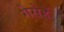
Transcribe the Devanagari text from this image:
गेसेहें